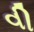
વી